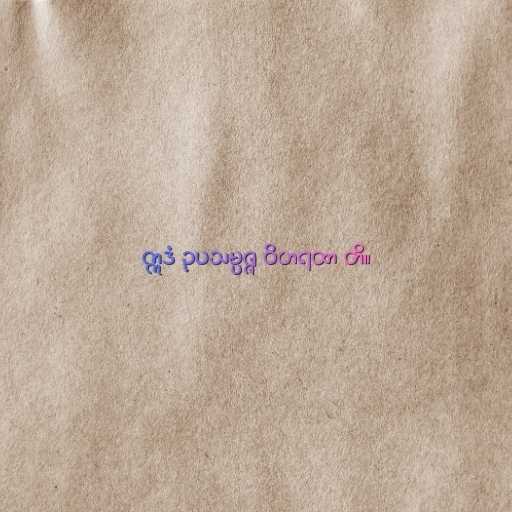
ဣဒံ ဥပသမ္ပဇ္ဇ ဝိဟရထာ တိ။